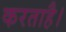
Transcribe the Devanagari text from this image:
करताहै।